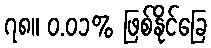
၇၈။ ၀.၀၁% ဖြစ်နိုင်ခြေ